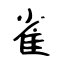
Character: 雀